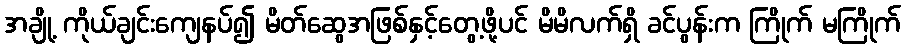
အချို့ ကိုယ်ချင်းကျေနပ်၍ မိတ်ဆွေအဖြစ်နှင့်တွေ့ဖို့ပင် မိမိလက်ရှိ ခင်ပွန်းက ကြိုက် မကြိုက်